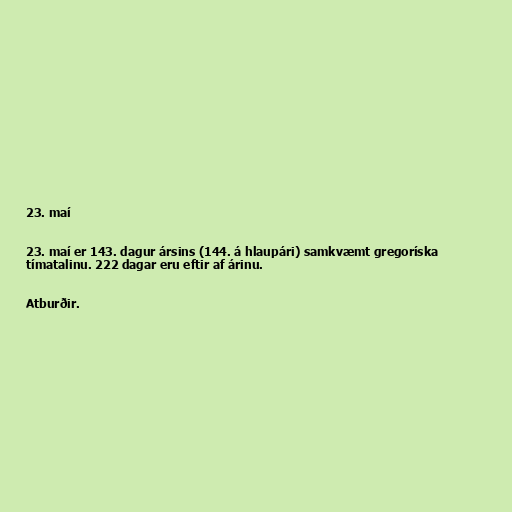
23. maí

23. maí er 143. dagur ársins (144. á hlaupári) samkvæmt gregoríska
tímatalinu. 222 dagar eru eftir af árinu.

Atburðir.